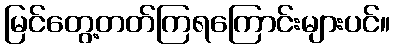
မြင်တွေ့တတ်ကြရကြောင်းများပင်။